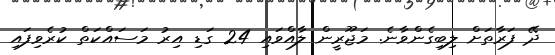
ދޭ ފަރާތަށް ލިބިގެންވާނެ. މަޖޫރީން ލާއްވައި 24 ގަޑި އިރު މަސައްކަތް ކުރެވިފައި